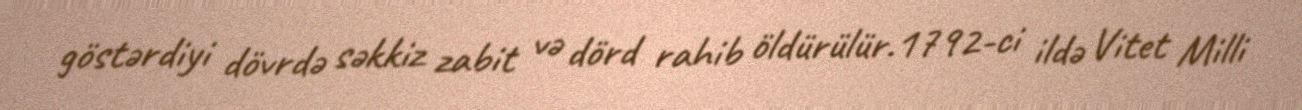
göstərdiyi dövrdə səkkiz zabit və dörd rahib öldürülür.1792-ci ildə Vitet Milli